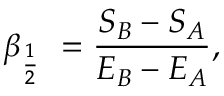
\beta _ { { \frac { 1 } { 2 } } } \ = { \frac { S _ { B } - S _ { A } } { E _ { B } - E _ { A } } } ,